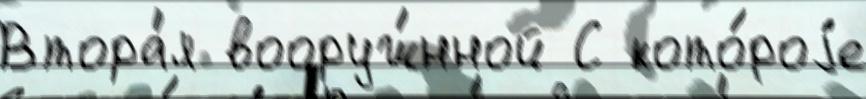
Втора́я вооруж́нной С кото́роjе